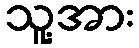
သူ့အား